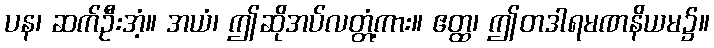
ပန၊ ဆက်ဦးအံ့။ အယံ၊ ဤဆိုအပ်လတ္တံ့ကား။ ဧတ္ထ၊ ဤတဒါရမဏနိယမ၌။